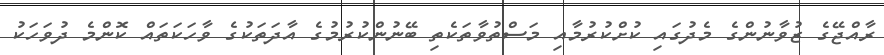
ރާއްޖޭގެ ޒުވާނުންގެ މެދުގައި ކުށްކުރުމާއި މަސްތުވާތަކެތި ބޭނުންކުރުމުގެ އާދަތަކުގެ ވާހަކަތައް ކޮންމެ ދުވަހަކު